Problem: 89 + 41 = ?
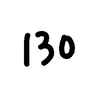
Handwritten answer: 130